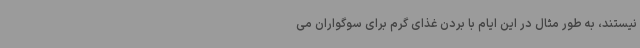
نیستند، به طور مثال در این ایام با بردن غذای گرم برای سوگواران می